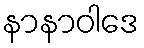
နာနာဝါဒေ